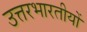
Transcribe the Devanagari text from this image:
उत्तरभारतीयों